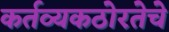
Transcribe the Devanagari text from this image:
कर्तव्यकठोरतेचे